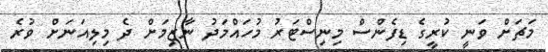
މަޗަށް ވަނީ ކުރީގެ ޑިފެންސް މިނިސްޓަރު މުހައްމަދު ނާޒިމަށް ދެ މިލިއަނަށް ވުރެ